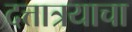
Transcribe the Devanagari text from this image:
दत्तात्रयाचा